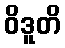
ဝိဒူတိ